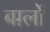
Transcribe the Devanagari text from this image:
बर्ग़्लो